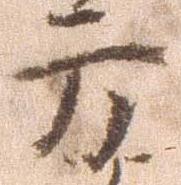
方